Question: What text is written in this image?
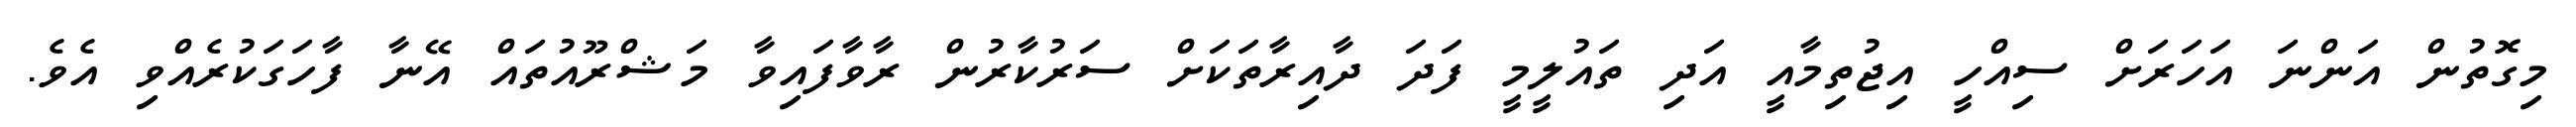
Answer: މިގޮތުން އަންނަ އަހަރަށް ސިއްހީ އިޖުތިމާއީ އަދި ތައުލީމީ ފަދަ ދާއިރާތަކަށް ސަރުކާރުން ރާވާފައިވާ މަޝްރޫއުތައް އޭނާ ފާހަގަކުރެއްވި އެވެ.